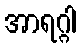
အာရဂ္ဂါ